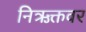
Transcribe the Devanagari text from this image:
निऋक्तवर